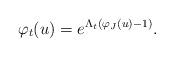
LaTeX: \begin{align*}\varphi_t(u)=e^{\Lambda_t(\varphi_J(u)-1)}.\end{align*}